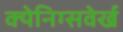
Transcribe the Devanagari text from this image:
क्येनिग्सवेर्ख